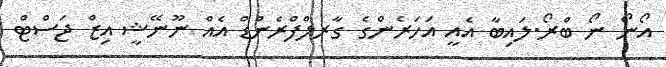
އޯނޯ ނޯ ބްރޯ.ލައިބާ އެއީ އަހަރެންގެ ގާރލްފްރެންޑް އެއް ނޫނޭޝީ އިޒް ޖަސްޓް